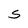
Character: S